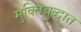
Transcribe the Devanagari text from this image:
मुक्तियुद्धात